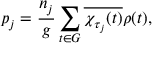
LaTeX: p _ { j } = { \frac { n _ { j } } { g } } \sum _ { t \in G } { \overline { { \chi _ { \tau _ { j } } ( t ) } } } \rho ( t ) ,